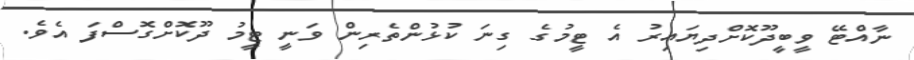
ނާއްޓޭ ވީބީދޫކޮށްދިޔައިރު އެ ޓީމުގެ ގިނަ ކުޅުންތެރިން ވަނީ ޓީމު ދޫކޮށްގޮސްފަ އެވެ.